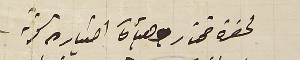
لحضرة مختار وهيأة اختياره لقرية